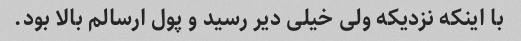
با اینکه نزدیکه ولی خیلی دیر رسید و پول ارسالم بالا بود.